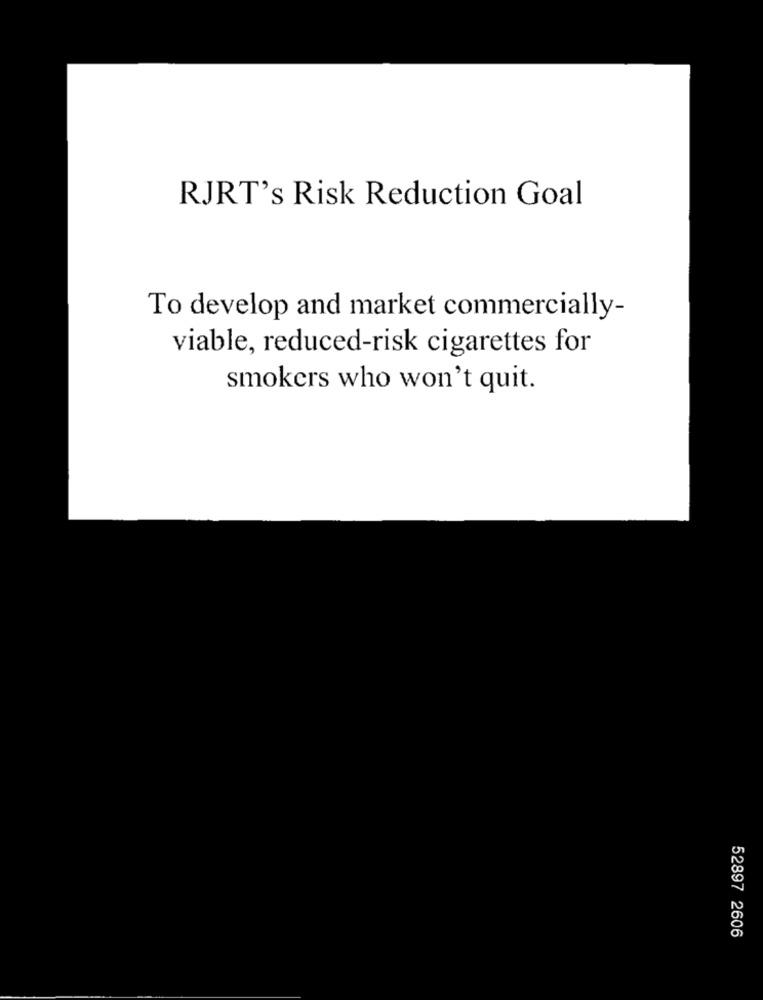
RJRT's Risk Reduction Goal
To develop and market commercially-
viable, reduced-risk cigarettes for
smokers who won't quit.
52897 2606